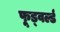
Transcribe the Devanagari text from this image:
फूड्वर्ल्ड